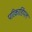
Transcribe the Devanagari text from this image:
परिकार्डियल